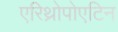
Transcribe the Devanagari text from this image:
एरिथ्रोपोएटिन